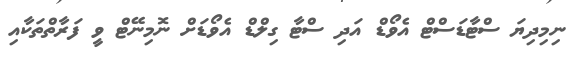
ނިމިދިޔަ ސްޓާޑަސްޓް އެވޯޑް އަދި ސްޓާ ގިލްޑް އެވޯޑަށް ނޮމިނޭޓް ވީ ފަރާތްތަކާއި